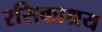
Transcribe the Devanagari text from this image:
रसिकाश्रय